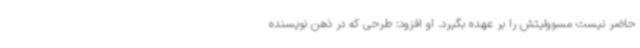
حاضر نیست مسوولیتش را بر عهده بگیرد. او افزود: طرحی که در ذهن نویسنده